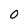
Character: 0